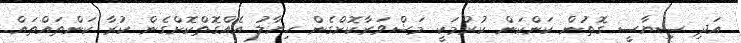
އަދި ސިޔާސީ ގޮތުން ކަންކަން ކުރުމަކީ މަޝްވަރާކޮށްގެން ހިޔާލު އެއްގޮތްކޮށްގެން ކުރާ ކަންތައްތައް.